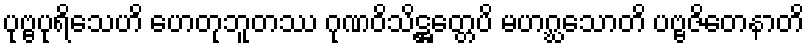
ပုဗ္ဗပုရိသေဟိ ဟေတုဘူတဿ ဂုဏဝိသိဋ္ဌတ္တေပိ မဟဂ္ဃသောတိ ပဗ္ဗဇိတေနာတိ